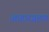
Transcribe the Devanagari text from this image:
आहारग्रहण